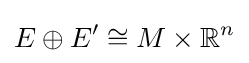
E\oplus E'\cong M\times \mathbb {R} ^{n}